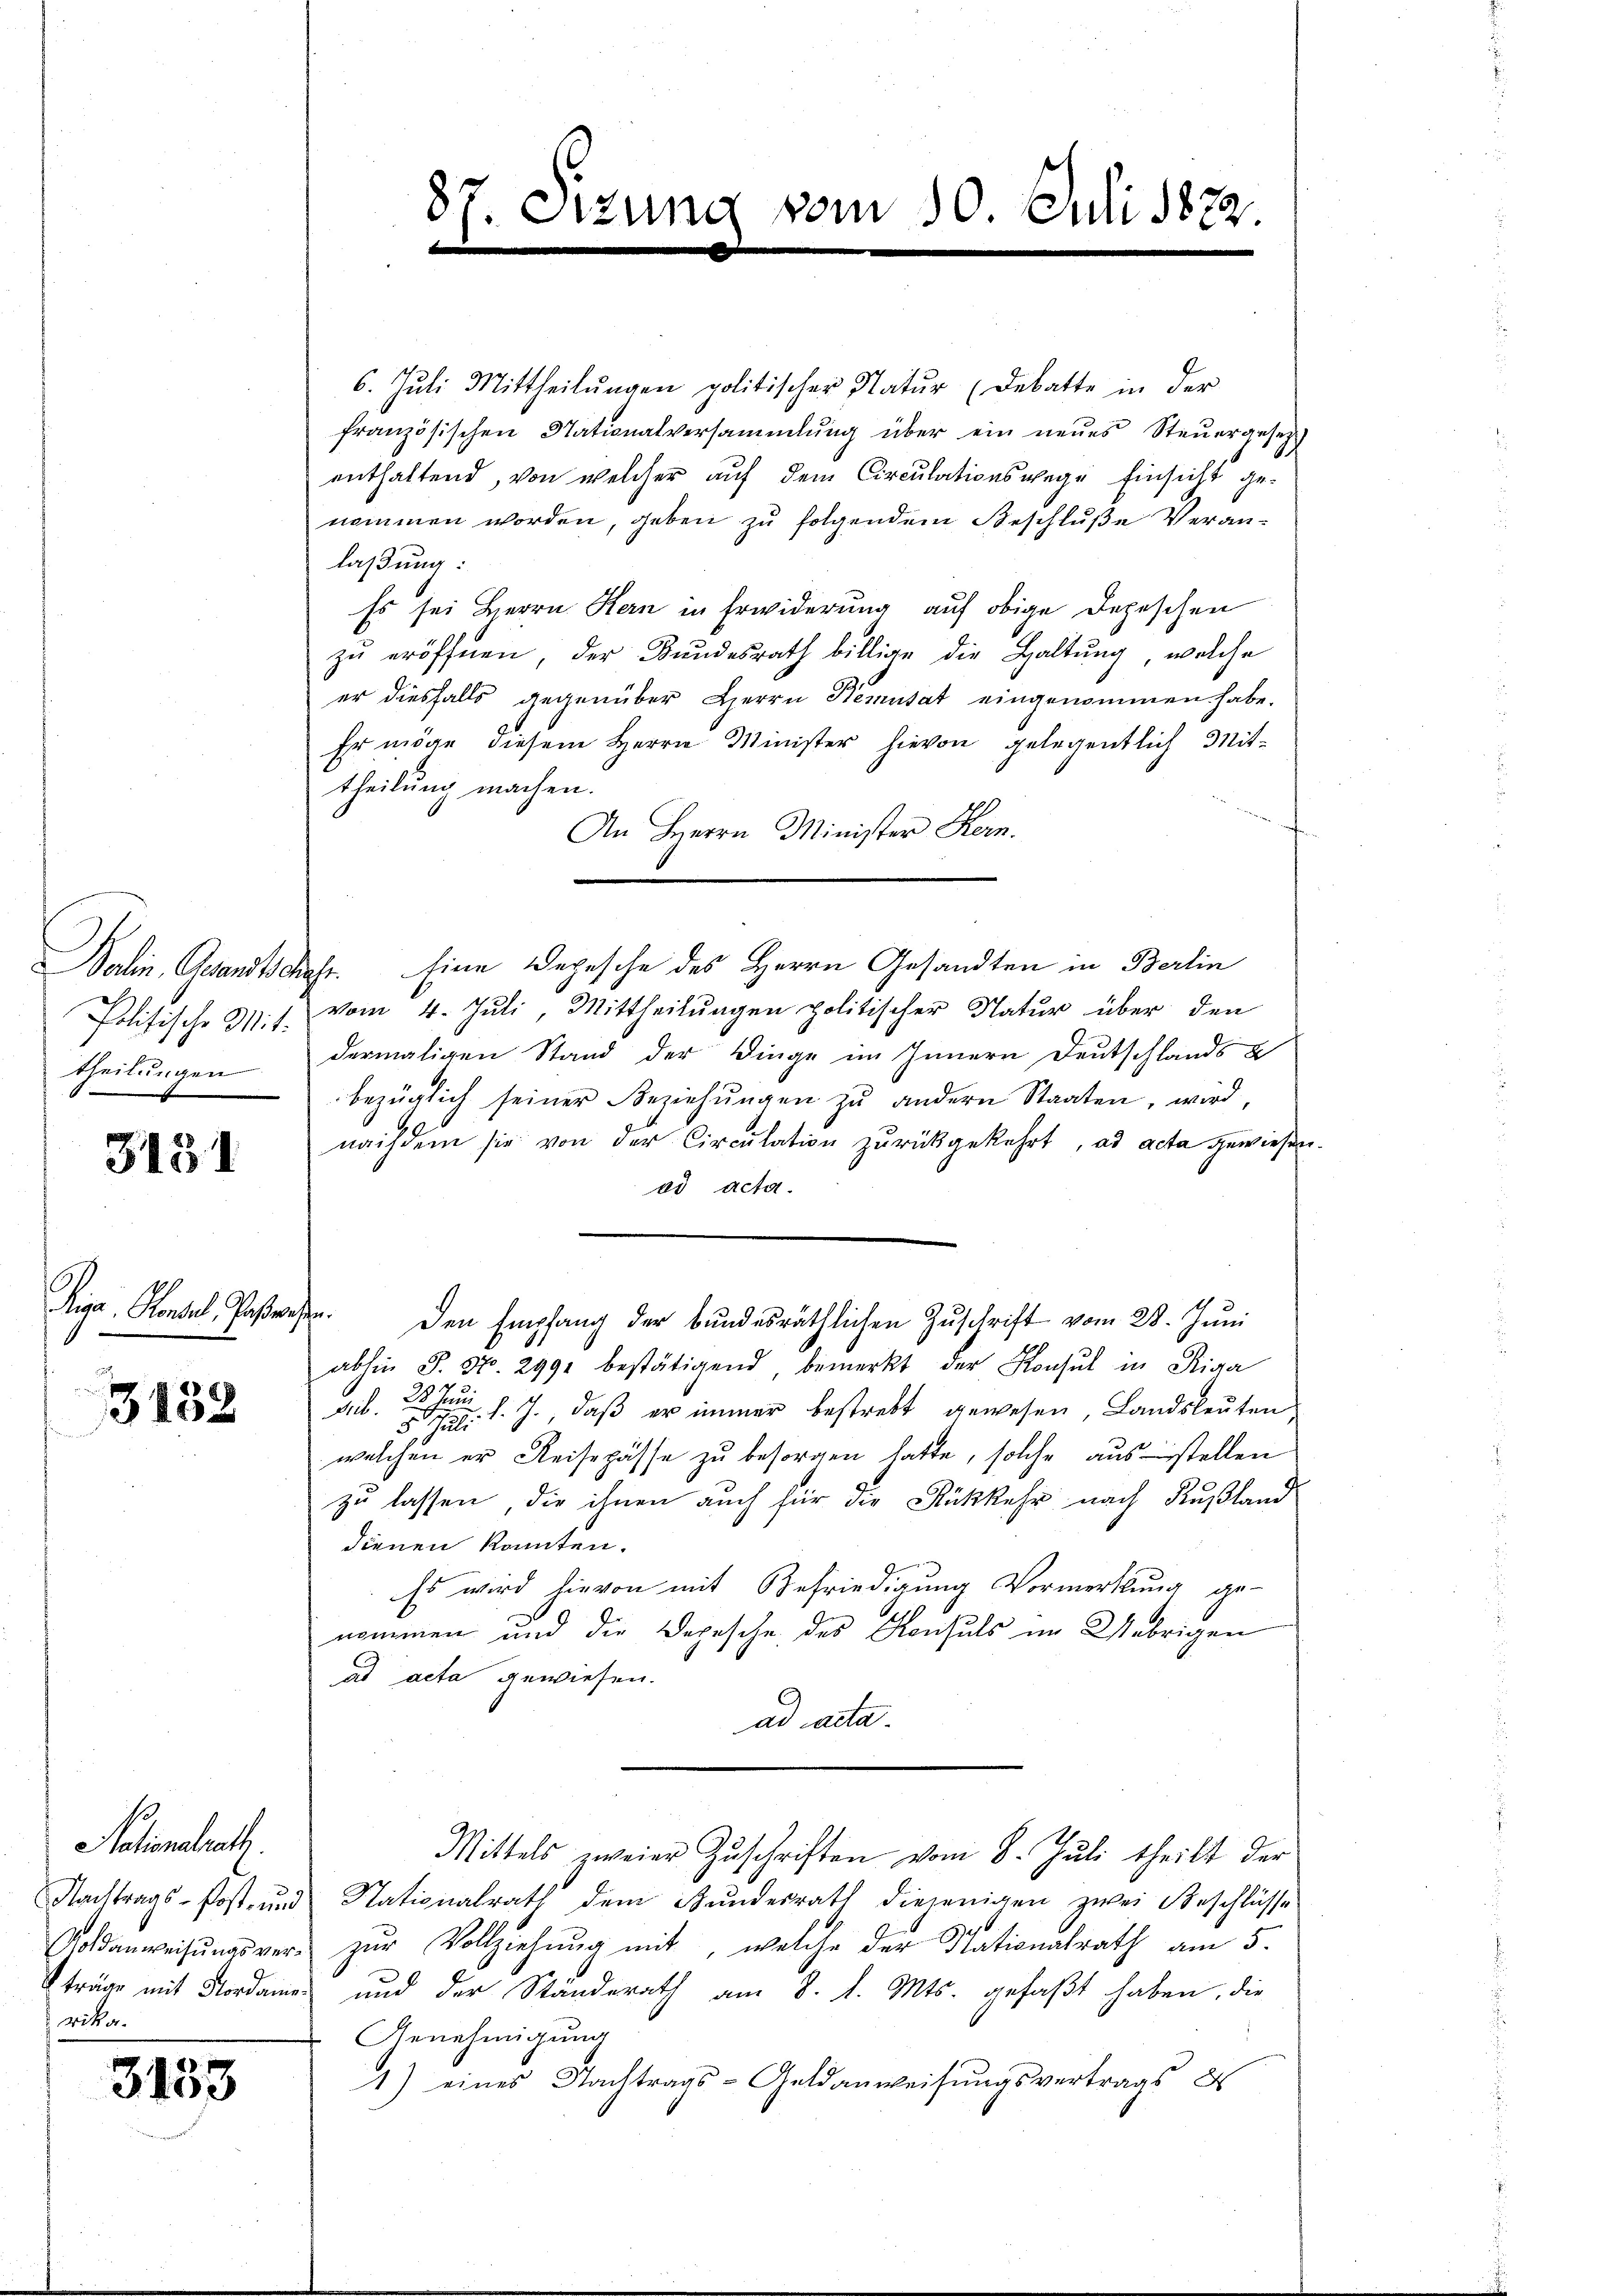
theilungen

3151

Riga Konsel, Postwesen.

3132

Nationalrath.
rika.

3153

87. Sitzung vom 10. Juli 1873.
b

6. Juli Mittheilŭngen politischer Natŭr (Debatte in der
französischen Stationalversammlung über ein neues Steŭergesetz
enthaltend, von welcher auf dem Circulationswege Einsicht genommen worden, geben zu folgendem Beschluße Veranlaßung:
Es sei Herrn Kern in Erwiderung auf obige Depeschen
zu eröffnen, der Bundesrath billige die Haltung, welche
er diesfalls gegenüber Herrn Kemutat eingenommen habe.
Er möge diesem Herrn Minister hievon gelegentlich Mit-
theilung machen.
An Herrn Minister Hern.
Walin. Gesandtschr. Eine Depesche des Herrn Gesandten in Berlin
Politische 3. J. vom 4. Juli, Mittheilŭngen politischer Natur über den
dermaligen Stand der Dinge im Innern Deutschlands u
bezüglich seiner Beziehŭngen zŭ andern Staaten, wird,
nachdem sie von der Circulation zurückgekehrt, ad acta gewiesen.
ad acta.
Den Empfang der bundesräthlichen Zuschrift vom 28. Juni
abhin J. No. 2991 bestätigend bemerkt der Konsul in Riga
r
Sub. 22. Juni
 7. d. J. daß er immer bestrebt gewesen, Landsleuten
welchen er Reisepässe zu besorgen hatte, solche ausstellen
zu lassen, die ihnen auch für die Rückkehr nach Rußland
dienen konnten.
Es wird hievon mit Befriedigung Vormerkung ge-
nommen und die Depesche des Konsuls im Uebrigen
ad acta gewiesen.
ad acta.
Mittels zweier Zuschriften vom 8. Juli theilt der
Nachtrags-Post- und Nationalrath dem Bŭndesrath diejenigen zwei Beschlüsse
Gedanweisŭngsver zŭr Vollziehung mit, welche der Nationalrath am 5.
träge mit Nordamen und der Ständerath am 8. d. Mts. gefaßt haben, die
Genehmigung
1) eines Nachtrags-Geldanweisungsvertrags d